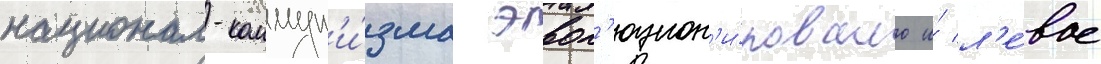
национал-коммун'и́зма эвол'юцион'и́ровало и́ л'е́вое